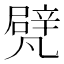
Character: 𠙮